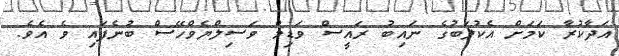
އަދާކުރާ ކަމަށް އެކުލަބުގެ ނައިބު ރައީސް ވަޑިމް ވަސިލްޔެވްހޭސް ބުނެފައި ވެ އެވެ.